Civil Veterinary Dept. Bombay admin report 1923-31 - 1923-1931
Year: 1923
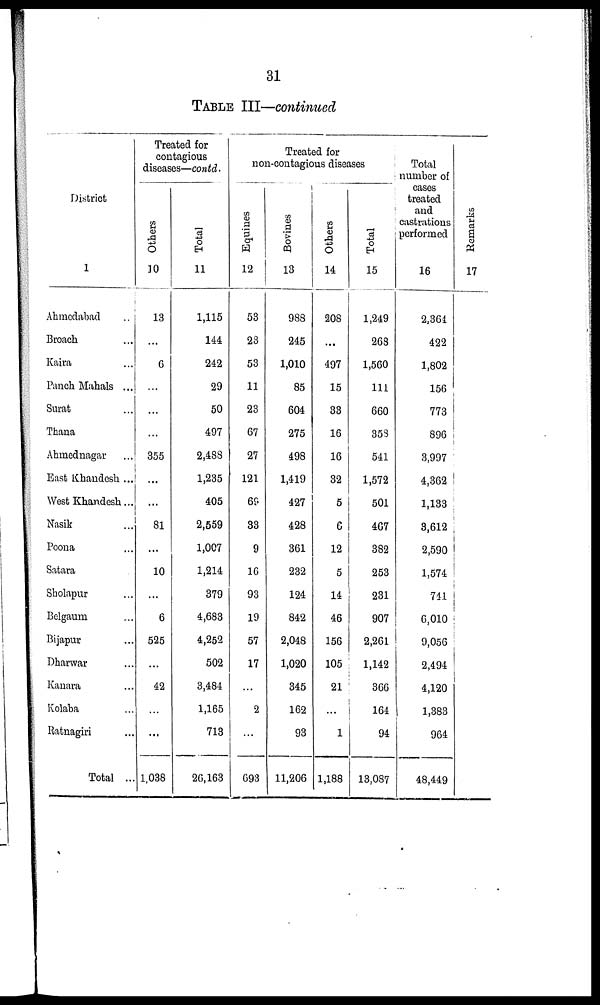
31
TABLE III—continued
District
1
Ahmedabad ...
Broach ...
Kaira ...
Panch Mahals ...
Surat ...
Thana ...
Ahmednagar ...
East Khandesh ...
West Khandesh...
Nasik ...
Poona ...
Satara ...
Sholapur ...
Belgaum ...
Bijapur ...
Dharwar ...
Kanara ...
Kolaba ...
Ratnagiri ...
Total ..
Treated for
contagious
diseases—contd.
Others
10
13
...
6
...
...
...
355
...
...
81
...
10
...
6
525
...
42
...
...
1,038
Total
11
1,115
144
242
29
50
497
2,488
1,235
405
2,559
1,007
1,214
379
4,683
4,252
502
3,484
1,165
713
26,163
Treated for
non-contagious diseases
Equines
12
53
23
53
11
23
67
27
121
69
33
9
16
93
19
57
17
...
2
...
693
Bovines
13
988
245
1,010
85
604
275
498
1,419
427
428
361
232
124
842
2,048
1,020
345
162
93
11,206
Others
14
208
...
497
15
33
16
16
32
5
6
12
5
14
46
156
105
21
...
1
1,188
Total
15
1,249
268
1,560
111
660
353
541
1,572
501
467
382
253
231
907
2,261
1,142
366
164
94
13,087
Total
number of
cases
treated
and
castrations
performed
16
2,364
422
1,802
156
773
896
3,997
4,362
1,133
3,612
2,590
1,574
741
6,010
9,056
2,494
4,120
1,383
964
48,449
Re ma r
k s
17